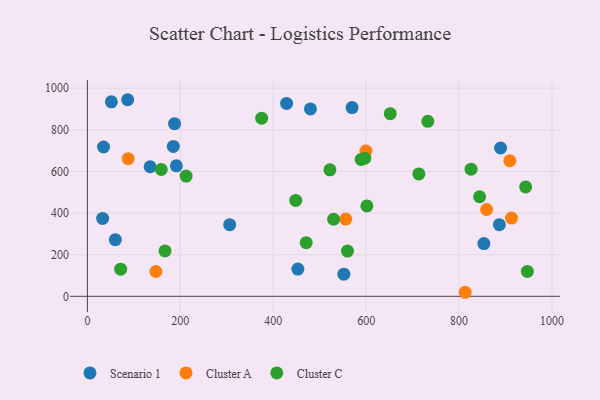
{"axis": {"x": "Ad Spend", "y": "Demand"}, "legend": ["Cluster A", "Cluster C", "Scenario 1"], "data": [{"x": "135.1", "y": 622.3, "type": "Scenario 1"}, {"x": "60.1", "y": 272.2, "type": "Scenario 1"}, {"x": "187.6", "y": 829.4, "type": "Scenario 1"}, {"x": "306.2", "y": 344.1, "type": "Scenario 1"}, {"x": "86.7", "y": 944.4, "type": "Scenario 1"}, {"x": "886.7", "y": 344.2, "type": "Scenario 1"}, {"x": "889.3", "y": 712.5, "type": "Scenario 1"}, {"x": "428.8", "y": 926.8, "type": "Scenario 1"}, {"x": "480.1", "y": 900.3, "type": "Scenario 1"}, {"x": "34.8", "y": 717.3, "type": "Scenario 1"}, {"x": "552.0", "y": 106.5, "type": "Scenario 1"}, {"x": "32.8", "y": 374.2, "type": "Scenario 1"}, {"x": "453.0", "y": 131.0, "type": "Scenario 1"}, {"x": "51.6", "y": 934.4, "type": "Scenario 1"}, {"x": "191.5", "y": 627.0, "type": "Scenario 1"}, {"x": "853.4", "y": 253.4, "type": "Scenario 1"}, {"x": "569.7", "y": 906.7, "type": "Scenario 1"}, {"x": "184.9", "y": 720.0, "type": "Scenario 1"}, {"x": "599.5", "y": 698.1, "type": "Cluster A"}, {"x": "556.1", "y": 371.2, "type": "Cluster A"}, {"x": "909.2", "y": 651.2, "type": "Cluster A"}, {"x": "147.4", "y": 119.2, "type": "Cluster A"}, {"x": "813.2", "y": 19.4, "type": "Cluster A"}, {"x": "87.8", "y": 661.3, "type": "Cluster A"}, {"x": "912.8", "y": 375.8, "type": "Cluster A"}, {"x": "859.3", "y": 417.0, "type": "Cluster A"}, {"x": "732.7", "y": 840.7, "type": "Cluster C"}, {"x": "470.9", "y": 257.7, "type": "Cluster C"}, {"x": "559.8", "y": 217.3, "type": "Cluster C"}, {"x": "651.9", "y": 877.5, "type": "Cluster C"}, {"x": "167.1", "y": 218.2, "type": "Cluster C"}, {"x": "589.2", "y": 657.7, "type": "Cluster C"}, {"x": "943.3", "y": 525.7, "type": "Cluster C"}, {"x": "947.0", "y": 119.5, "type": "Cluster C"}, {"x": "601.6", "y": 434.4, "type": "Cluster C"}, {"x": "597.1", "y": 663.4, "type": "Cluster C"}, {"x": "713.4", "y": 587.8, "type": "Cluster C"}, {"x": "448.4", "y": 460.6, "type": "Cluster C"}, {"x": "212.5", "y": 577.6, "type": "Cluster C"}, {"x": "71.6", "y": 130.4, "type": "Cluster C"}, {"x": "844.2", "y": 478.4, "type": "Cluster C"}, {"x": "522.0", "y": 607.8, "type": "Cluster C"}, {"x": "159.0", "y": 609.1, "type": "Cluster C"}, {"x": "529.9", "y": 370.1, "type": "Cluster C"}, {"x": "825.8", "y": 610.8, "type": "Cluster C"}, {"x": "375.1", "y": 856.0, "type": "Cluster C"}]}